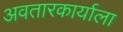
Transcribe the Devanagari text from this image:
अवतारकार्याला